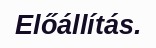
Előállítás.